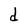
Character: d